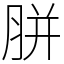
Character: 胼